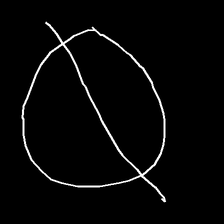
Glyph: orb